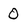
Character: 0